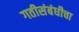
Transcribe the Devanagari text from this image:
गतीसंबंधीचा